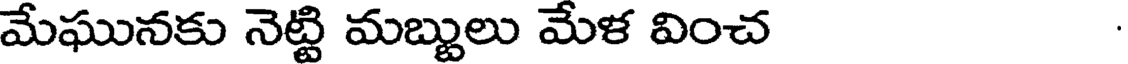
మేఘునకు నెట్టి మబ్బులు మేళ వించ